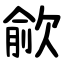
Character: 歈